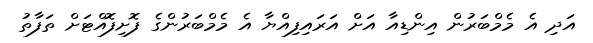
އަދި އެ މެމްބަރުން އިންޑިއާ އަށް އަރައިފިއްޔާ އެ މެމްބަރުންގެ ފޮށިފޮއްޓަށް ތަފާތު